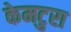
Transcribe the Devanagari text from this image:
केमटुरा